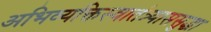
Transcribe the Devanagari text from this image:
अभिव्यक्तिस्वातंत्र्याससुद्धा